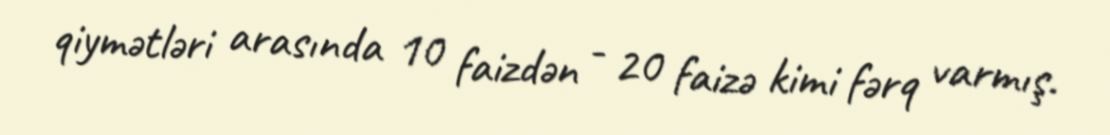
qiymətləri arasında 10 faizdən - 20 faizə kimi fərq varmış.